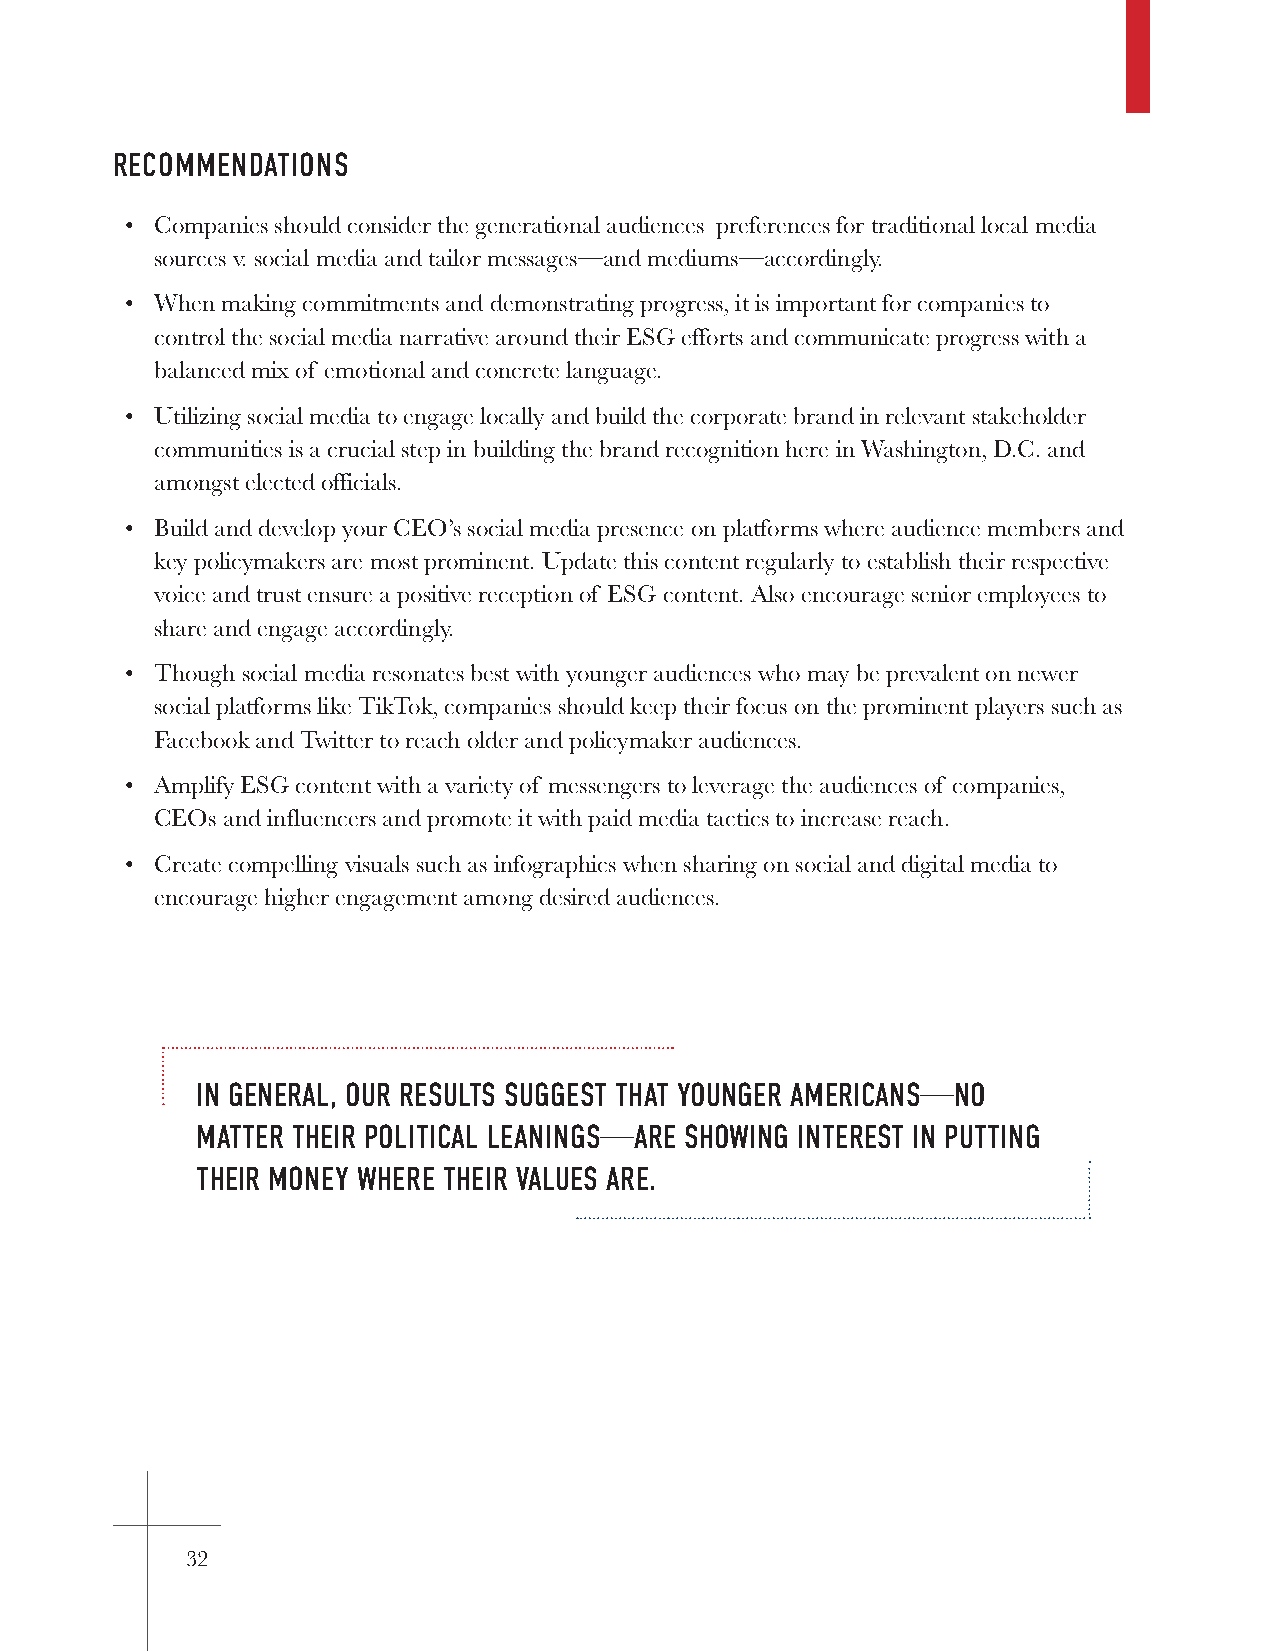
RECOMMENDATIONS
 • Companies should consider the generational audiences preferences for traditional local media
 sources v. social media and tailor messages—and mediums—accordingly.
 • When making commitments and demonstrating progress, it is important for companies to
 control the social media narrative around their ESG efforts and communicate progress with a
 balanced mix of emotional and concrete language.
 • Utilizing social media to engage locally and build the corporate brand in relevant stakeholder
 communities is a crucial step in building the brand recognition here in Washington, D.C. and
 amongst elected officials.
 • Build and develop your CEO’s social media presence on platforms where audience members and
 key policymakers are most prominent. Update this content regularly to establish their respective
 voice and trust ensure a positive reception of ESG content. Also encourage senior employees to
 share and engage accordingly.
 • Though social media resonates best with younger audiences who may be prevalent on newer
 social platforms like TikTok, companies should keep their focus on the prominent players such as
 Facebook and Twitter to reach older and policymaker audiences.
 • Amplify ESG content with a variety of messengers to leverage the audiences of companies,
 CEOs and influencers and promote it with paid media tactics to increase reach.
 • Create compelling visuals such as infographics when sharing on social and digital media to
 encourage higher engagement among desired audiences.
 IN GENERAL, OUR RESULTS SUGGEST THAT YOUNGER AMERICANS—NO
 MATTER THEIR POLITICAL LEANINGS—ARE SHOWING INTEREST IN PUTTING
 THEIR MONEY WHERE THEIR VALUES ARE.
 32